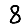
Digit: 8